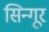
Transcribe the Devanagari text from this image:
सिन्गूर